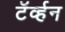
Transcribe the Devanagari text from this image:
टॅर्व्हन